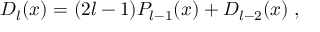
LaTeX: D _ { l } ( x ) = ( 2 l - 1 ) P _ { l - 1 } ( x ) + D _ { l - 2 } ( x ) \; ,